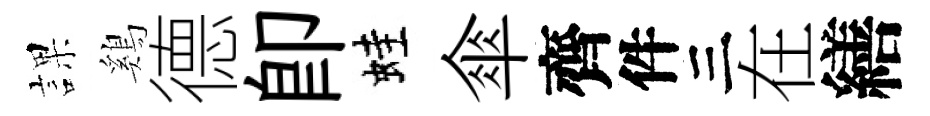
課鷄德即蛙傘齊件三在繕